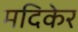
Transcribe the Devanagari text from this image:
मदिकेर